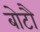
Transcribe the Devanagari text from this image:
बोटौ